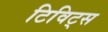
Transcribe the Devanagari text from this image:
टिविट्स